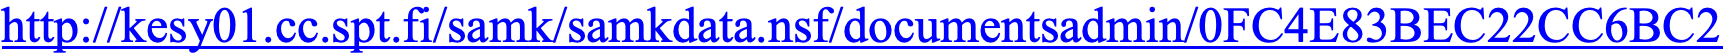
http://kesy01.cc.spt.fi/samk/samkdata.nsf/documentsadmin/0FC4E83BEC22CC6BC2